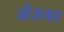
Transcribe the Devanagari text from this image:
सेउना